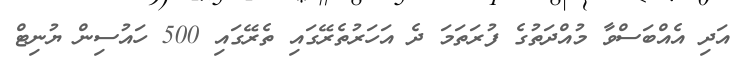
އަދި އެއްބަސްވާ މުއްދަތުގެ ފުރަތަމަ ދެ އަހަރުތެރޭގައި ތެރޭގައި 500 ހައުސިން ޔުނިޓް